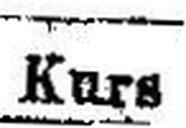
Kurs